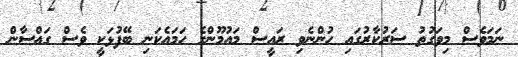
ނަމަވެސް މިވަގުތު ސަރުކާރުގައި ހުންނެވި ރައީސް މައުމޫންގެ ހަމައެކަނި ބޭފުޅަކީ ވެސް ގައްސާން